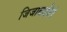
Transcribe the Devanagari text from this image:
जिजाबाईंशी